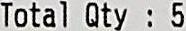
TOTAL QTY : 5